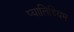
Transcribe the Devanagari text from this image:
प्यालिडियम